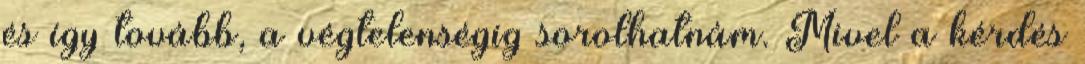
és így tovább, a végtelenségig sorolhatnám. Mivel a kérdés